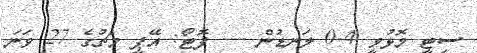
ސިޓީ މޮޅުވީ 4-0 ލަނޑުން --- ފޮޓޯ: އޭޕީ މެޗުގެ 27 ވަނަ